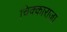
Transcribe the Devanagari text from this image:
चिक्काराजा